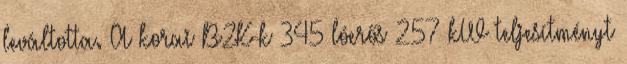
leváltotta. A korai B2K-k 345 lóerős 257 kW teljesítményt